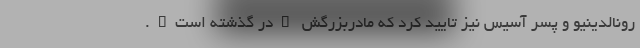
رونالدینیو و پسر آسیس نیز تایید کرد که مادربزرگش "در گذشته‌ است".